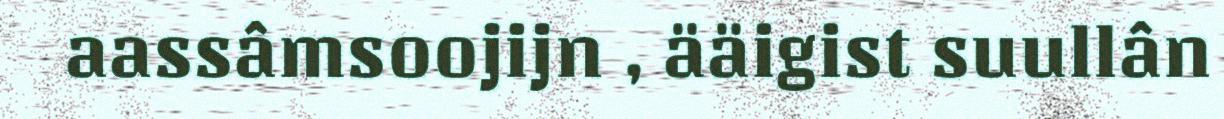
aassâmsoojijn , ääigist suullân